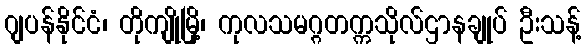
ဂျပန်နိုင်ငံ၊ တိုကျိုမြို့၊ ကုလသမဂ္ဂတက္ကသိုလ်ဌာနချုပ် ဦးသန့်